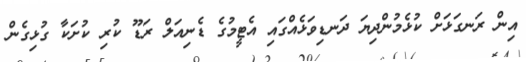
އިން ރަނގަޅަށް ކުޅެމުންދިޔަ ދަނޑިވަޅެއްގައި އެޓީމުގެ ޑެނިއަލް ރަޑޫ ކުރި ކުށަކާ ގުޅިގެން